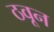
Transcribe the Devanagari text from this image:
ठवून